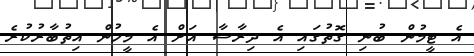
އެ ޓީމުން ބުނި ގޮތުގައި އެ ދިރާސާ އަށް އެ މީހުން އިތުބާރުކުރެ